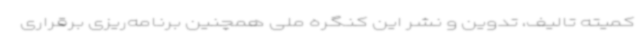
کمیته تالیف، تدوین و نشر این کنگره ملی همچنین برنامه‌ریزی برقراری